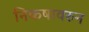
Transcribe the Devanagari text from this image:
निकषावरुन